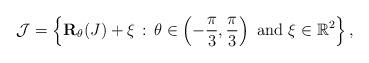
LaTeX: \begin{align*}{\mathcal J}=\left\{{\bf R}_{\theta}(J)+\xi\, :\, \theta\in \left(-\frac{\pi}{3},\frac{\pi}{3}\right)\mbox{ and }\xi\in {\mathbb R}^2\right\},\end{align*}